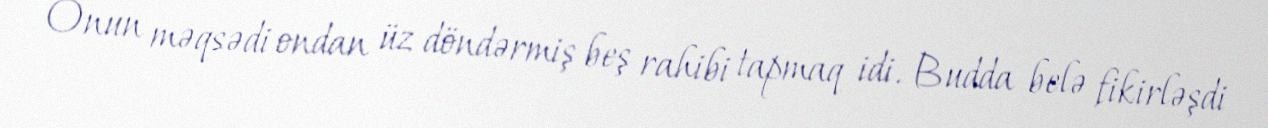
Onun məqsədi ondan üz döndərmiş beş rahibi tapmaq idi. Budda belə fikirləşdi